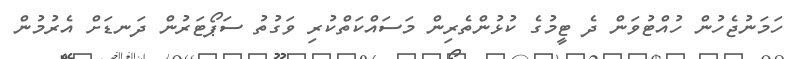
ހަމަނުޖެހުން ހުއްޓުވަން ދެ ޓީމުގެ ކުޅުންތެރިން މަސައްކަތްކުރި ވަގުތު ސަޕޯޓަރުން ދަނޑަށް އެރުމުން